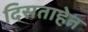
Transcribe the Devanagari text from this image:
दिसताहेत